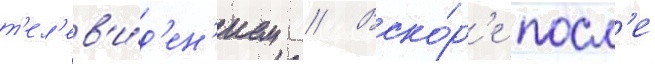
т'ел'ев'и́д'ен'ием // Вско́р'е посл'е